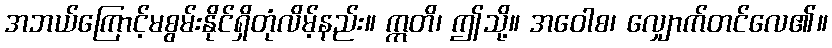
အဘယ်ကြောင့်မစွမ်းနိုင်ရှိတုံလိမ့်နည်း။ ဣတိ၊ ဤသို့။ အဝေါစ၊ လျှောက်တင်လေ၏။